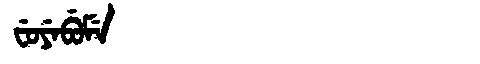
Manchu: ᠸᡠᠶᡝᠪᡠᠮᡝ
Romanization: FUYEBUME